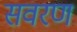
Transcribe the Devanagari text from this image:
सवरण